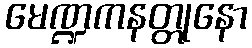
မေဏ္ဍကနတ္တုနော